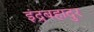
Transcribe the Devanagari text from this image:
इंद्रबहादुर